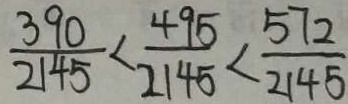
\frac { 3 9 0 } { 2 1 4 5 } < \frac { 4 9 5 } { 2 1 4 5 } < \frac { 5 7 2 } { 2 1 4 5 }